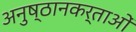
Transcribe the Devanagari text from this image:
अनुष्ठानकर्ताओं